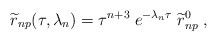
\begin{align*}{\widetilde r}_{np}(\tau,\lambda_{n})=\tau^{n+3}\; e^{-\lambda_{n}\tau} \; {\widetilde r}_{np}^{0} \; ,\end{align*}